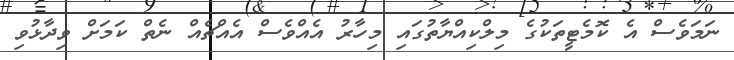
ނަމަވެސް އެ ކޮމެޓީތަކުގެ މިލްކިއްޔާތުގައި މިހާރު އެއްވެސް އެއްޗެއް ނެތް ކަމަށް ވިދާޅުވި